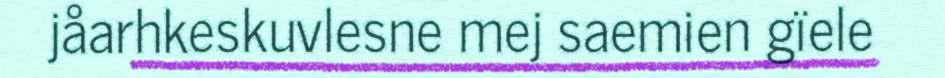
jåarhkeskuvlesne mej saemien gïele